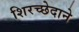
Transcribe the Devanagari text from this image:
शिरच्छेदाने